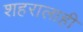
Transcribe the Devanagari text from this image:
शहरालाही